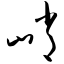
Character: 峭